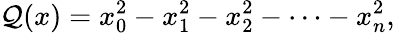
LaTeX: \mathcal{Q}(x)=x_{0}^{2}-x_{1}^{2}-x_{2}^{2}-\cdots-x_{n}^{2},